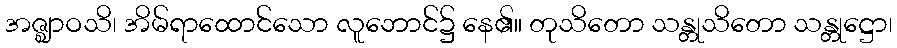
အဇ္ဈာဝသိ၊ အိမ်ရာထောင်သော လူဘောင်၌ နေ၏။ တုသိတော သန္တုသိတော သန္တုဋ္ဌော၊